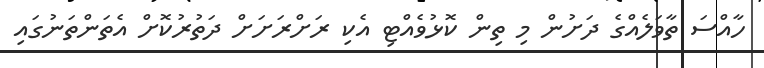
ހާއްސަ ތާވަލެއްގެ ދަށުން މި ތިން ކޮޅުވެއްޓި އެކި ރަށްރަށަށް ދަތުރުކޮށް އެތަންތަނުގައި